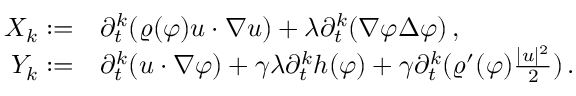
\begin{array} { r l } { X _ { k } : = } & { \partial _ { t } ^ { k } ( \varrho ( \varphi ) u \cdot \nabla u ) + \lambda \partial _ { t } ^ { k } ( \nabla \varphi \Delta \varphi ) \, , } \\ { Y _ { k } : = } & { \partial _ { t } ^ { k } ( u \cdot \nabla \varphi ) + \gamma \lambda \partial _ { t } ^ { k } h ( \varphi ) + \gamma \partial _ { t } ^ { k } ( \varrho ^ { \prime } ( \varphi ) \frac { | u | ^ { 2 } } { 2 } ) \, . } \end{array}